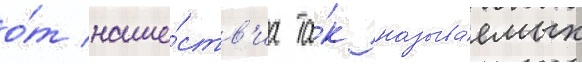
о́т наше́ств'иа та́к называ́емых